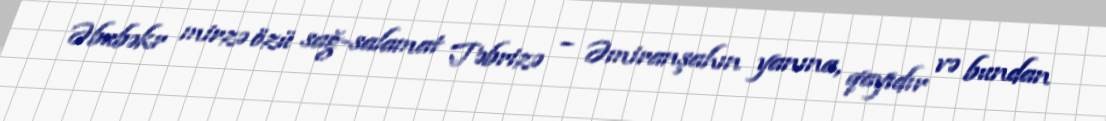
Əbubəkr mirzə özü sağ-salamat Təbrizə – Əmiranşahın yanına, qayıdır və bundan